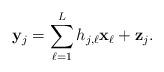
LaTeX: \begin{align*}\mathbf{y}_j = \sum_{\ell = 1}^L h_{j, \ell} \mathbf{x}_\ell + \mathbf{z}_j.\end{align*}